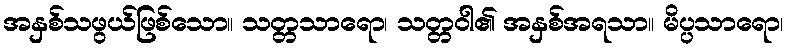
အနှစ်သဖွယ်ဖြစ်သော။ သတ္တသာရော၊ သတ္တဝါ၏ အနှစ်အရသာ။ မိပ္ပသာရော၊